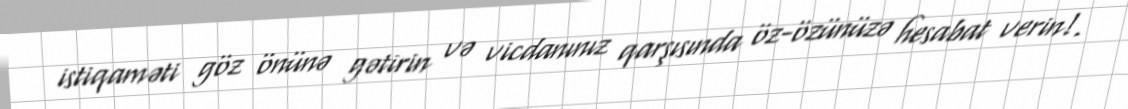
istiqaməti göz önünə gətirin və vicdanınız qarşısında öz-özünüzə hesabat verin!.